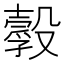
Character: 𣫌